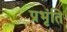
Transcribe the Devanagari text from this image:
प्रभृंति